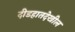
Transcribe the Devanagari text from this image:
दीडहातदेखील